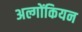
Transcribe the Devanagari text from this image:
अल्गोंकियन